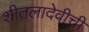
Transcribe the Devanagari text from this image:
शीतलादेवीची